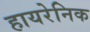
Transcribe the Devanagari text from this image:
हायरेनिक